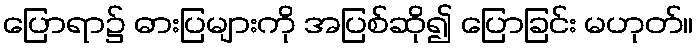
ပြောရာ၌ ဓားပြများကို အပြစ်ဆို၍ ပြောခြင်း မဟုတ်။